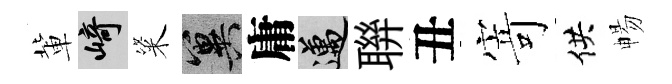
軰崎粢冀庸邁聨丑𭔃供暢